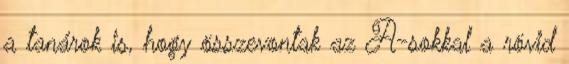
a tanárok is, hogy összevontak az A-sokkal a rövid